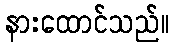
နားထောင်သည်။